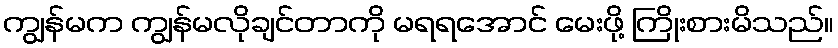
ကျွန်မက ကျွန်မလိုချင်တာကို မရရအောင် မေးဖို့ ကြိုးစားမိသည်။